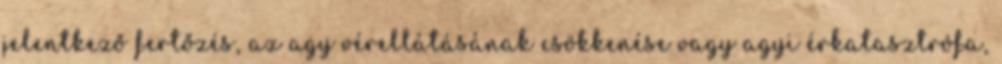
jelentkező fertőzés, az agy vérellátásának csökkenése vagy agyi érkatasztrófa,